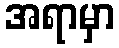
အရာမှာ